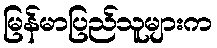
မြန်မာပြည်သူများက